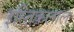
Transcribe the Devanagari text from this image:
इस्तिक़लाल